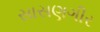
સાસણગીર